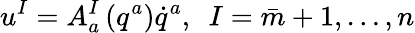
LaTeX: u^{I}=A_{a}^{I}\left(q^{a}\right)\dot{q}^{a},\ \ I=\bar{m}+1,\ldots,n